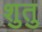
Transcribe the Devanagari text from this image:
शुतु